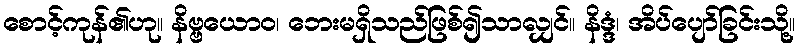
စောင့်ကုန်၏ဟု။ နိဗ္ဗယောဝ၊ ဘေးမရှိသည်ဖြစ်၍သာလျှင်။ နိဒ္ဒံ၊ အိပ်ပျော်ခြင်းသို့။